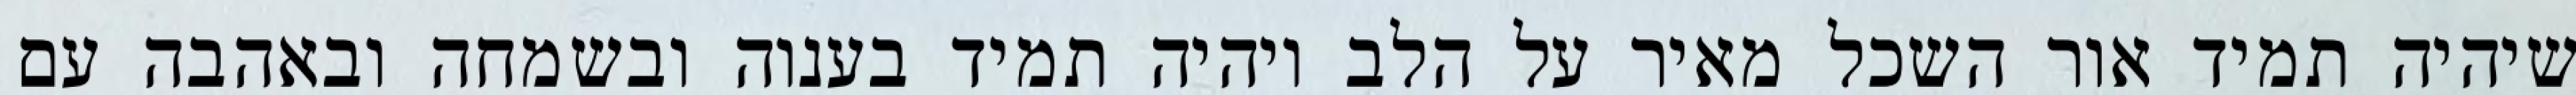
שיהיה תמיד אור השכל מאיר על הלב ויהיה תמיד בענוה ובשמחה ובאהבה עם